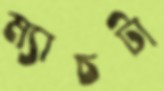
ম্যাচটা